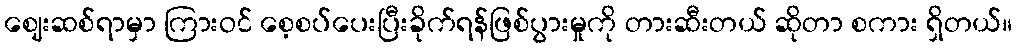
ဈေးဆစ်ရာမှာ ကြားဝင် စေ့စပ်ပေးပြီးခိုက်ရန်ဖြစ်ပွားမှုကို တားဆီးတယ် ဆိုတာ စကား ရှိတယ်။